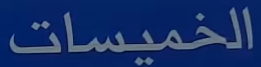
الخميسات